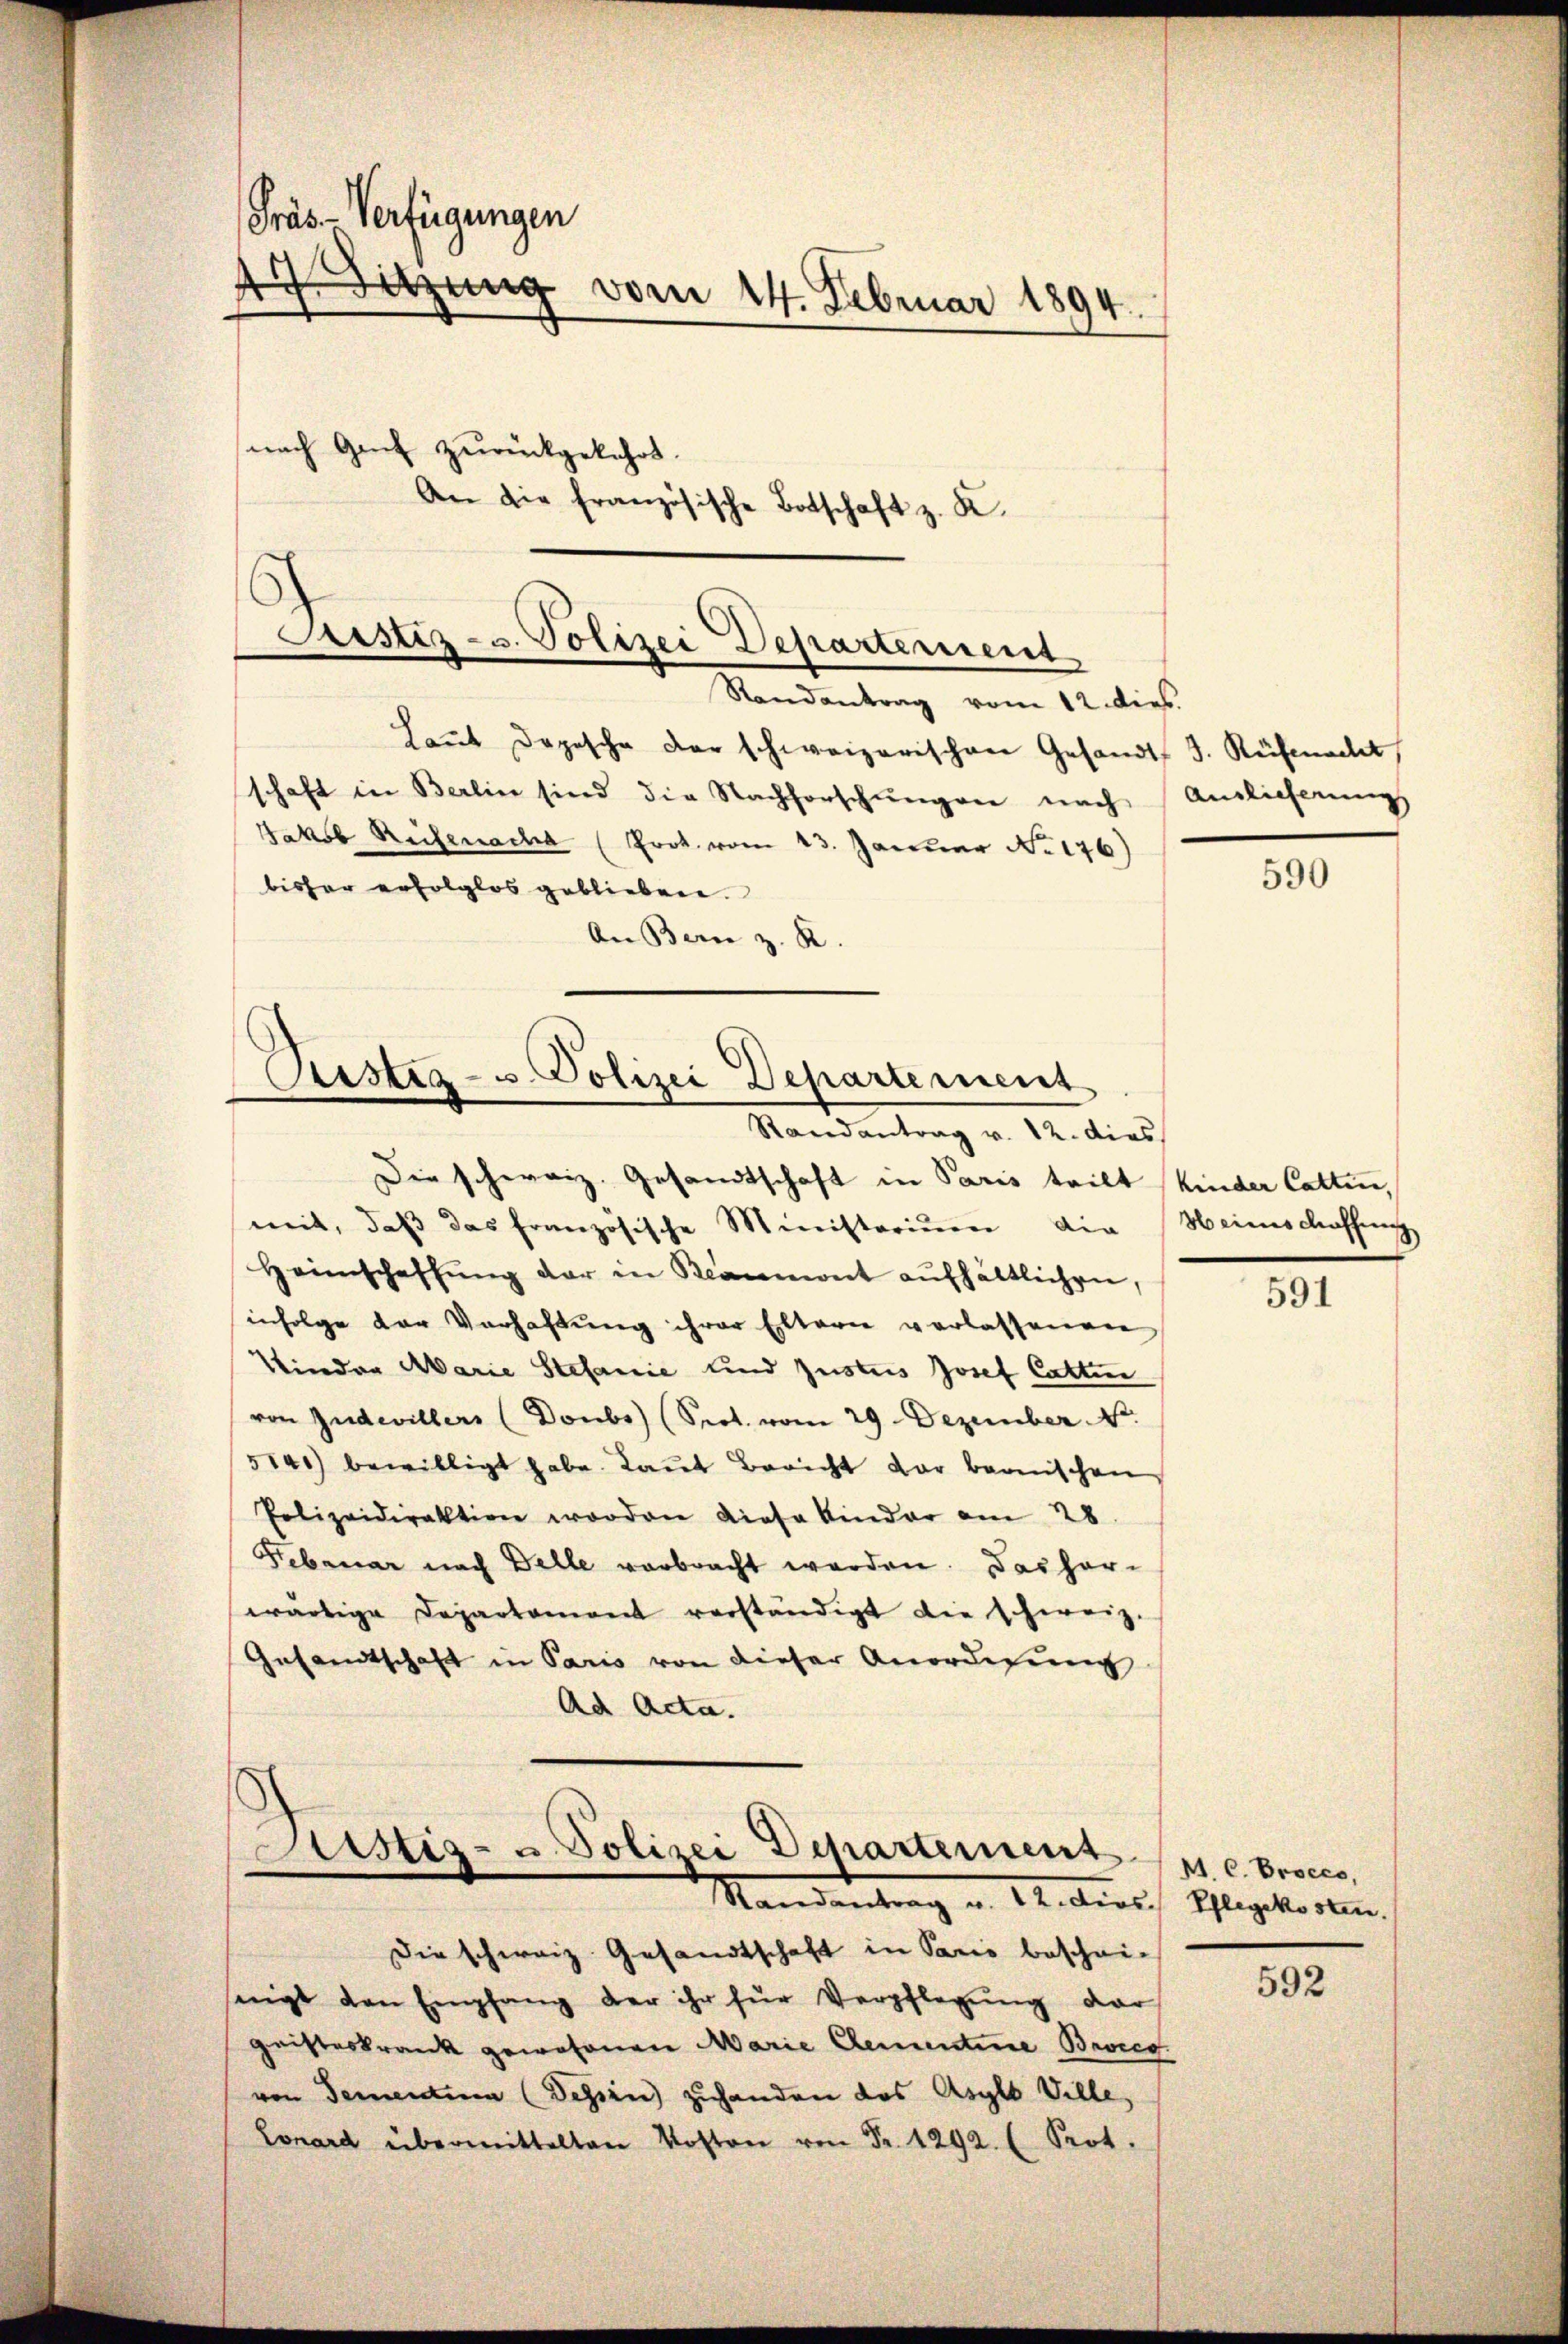
Präs-Verfügungen
47. Sitzung vom 24. Februar 1894.
(nach Gant zurückgekehrt.
An die französische Botschaft z. K.

Laŭt Dopische der schweizerischen Gesandt J. Rüfenacht
schaft in Berlin sind die Nachforschŭngen nach Auslieferungs
Jakob Rüfenach (Prot. vom 23. Januar No. 176)
bisher erfolglos geblieben.
An Bern z. R.

Justiz- u. Polizei Departement
Randantrag vom 12. dies

Ristiz- u. Polizei Departement
Randantrag v. 12. dies

Die schweiz. Gesandtschaft in Paris teilt Kinder Cattin,
mit, daß das französische Ministorium die Heimschaffung
Heimschaffŭng der in Beaumont aufhältlichen,
infolge der Verhaftung ihrer Eltern verlassenen
Vinder Marie Stefanie und Justus Josef Catten
von Zudevillers (Doubs) (Sept. vom 29. Dezember. St.
5141) bewilligt habe. Laut Bericht dar bernischen
Polizeidirektion worden diese kinder am 28.
Februar nach Delle verbracht werden. Das harwärtige Departement verständigt die schweiz.
Gesandtschaft in Paris von dieser Anordnung
Ad Acta.

Fustiz- u. Polizei Departement
Mandantung u. An die Pflegets sein,

Die schweiz. Gesandtschaft in Paris bescheinigt den Empfang der ihr für Verpflegŭng der
gaisteskrank gewesenen Marie Denuntine Broces.
von Sementina (Dessen) zuhanden das Asyls Ville,
Lonard übermittelten Kosten von Fr. 1292. ( Prot.

590

591

M. C. Proces,

592